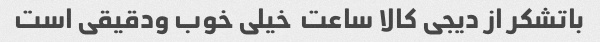
باتشکر از دیجی کالا ساعت  خیلی خوب ودقیقی است